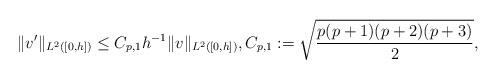
LaTeX: \begin{align*} \| v' \|_{L^2([0,h])} \le C_{p,1} h^{-1} \| v \|_{L^2([0,h])}, C_{p,1} := \sqrt{ \frac{p(p+1)(p+2)(p+3)}{2} },\end{align*}